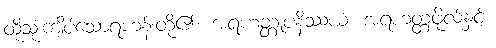
ထိုသုံးကျိပ်သောရဟန်းတို့၏။ အရဟတ္တူပနိဿယံ၊ အရဟတ္တဖိုလ်နှင့်